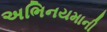
અભિનયમાની